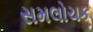
સમલોચક